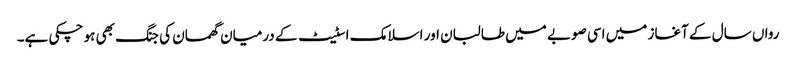
رواں سال کے آغاز میں اسی صوبے میں طالبان اور اسلامک اسٹیٹ کے درمیان گھمسان کی جنگ بھی ہو چکی ہے۔